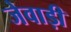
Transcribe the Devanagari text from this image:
जेवाड़ी